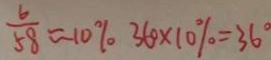
\frac { 6 } { 5 8 } \approx 1 0 \% 3 6 0 \times 1 0 \% = 3 6 ^ { \circ }